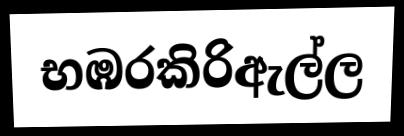
භඹරකිරිඇල්ල